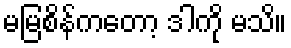
မမြစိန်ကတော့ ဒါကို မသိ။